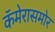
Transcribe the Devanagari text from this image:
कॅमेरासमोर